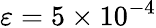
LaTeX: \varepsilon=5\times 10^{-4}